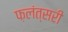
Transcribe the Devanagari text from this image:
फ़लंत्सरी